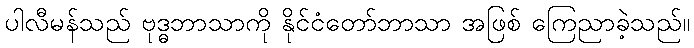
ပါလီမန်သည် ဗုဒ္ဓဘာသာကို နိုင်ငံတော်ဘာသာ အဖြစ် ကြေညာခဲ့သည်။